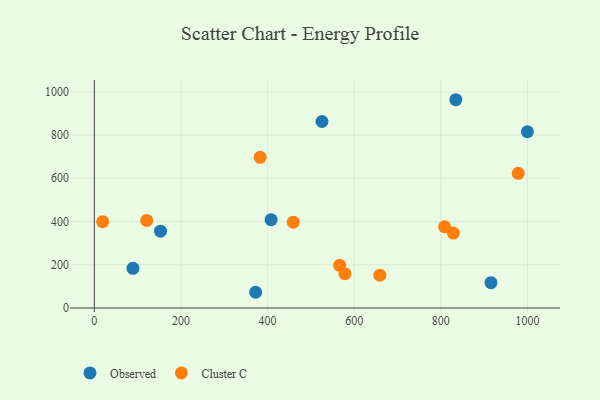
{"axis": {"x": "Price", "y": "Sales"}, "legend": ["Cluster C", "Observed"], "data": [{"x": "89.1", "y": 183.4, "type": "Observed"}, {"x": "408.1", "y": 408.4, "type": "Observed"}, {"x": "525.6", "y": 862.6, "type": "Observed"}, {"x": "152.8", "y": 355.2, "type": "Observed"}, {"x": "834.6", "y": 963.3, "type": "Observed"}, {"x": "372.4", "y": 72.8, "type": "Observed"}, {"x": "915.8", "y": 117.2, "type": "Observed"}, {"x": "999.8", "y": 815.3, "type": "Observed"}, {"x": "659.2", "y": 151.7, "type": "Cluster C"}, {"x": "19.1", "y": 399.4, "type": "Cluster C"}, {"x": "120.9", "y": 404.9, "type": "Cluster C"}, {"x": "459.4", "y": 396.9, "type": "Cluster C"}, {"x": "808.6", "y": 375.4, "type": "Cluster C"}, {"x": "978.7", "y": 623.0, "type": "Cluster C"}, {"x": "828.9", "y": 346.6, "type": "Cluster C"}, {"x": "382.8", "y": 696.8, "type": "Cluster C"}, {"x": "578.5", "y": 158.8, "type": "Cluster C"}, {"x": "566.4", "y": 197.3, "type": "Cluster C"}]}